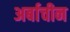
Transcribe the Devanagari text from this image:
अर्बाचीन